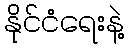
နိုင်ငံရေးနဲ့